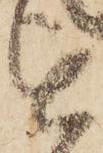
を